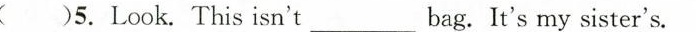
( )5.Look. This isn't_ bag. It's my sister's.